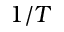
1 / T